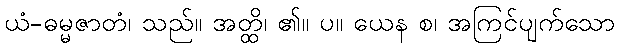
ယံ-ဓမ္မဇာတံ၊ သည်။ အတ္ထိ၊ ၏။ ပ။ ယေန စ၊ အကြင်ပျက်သော